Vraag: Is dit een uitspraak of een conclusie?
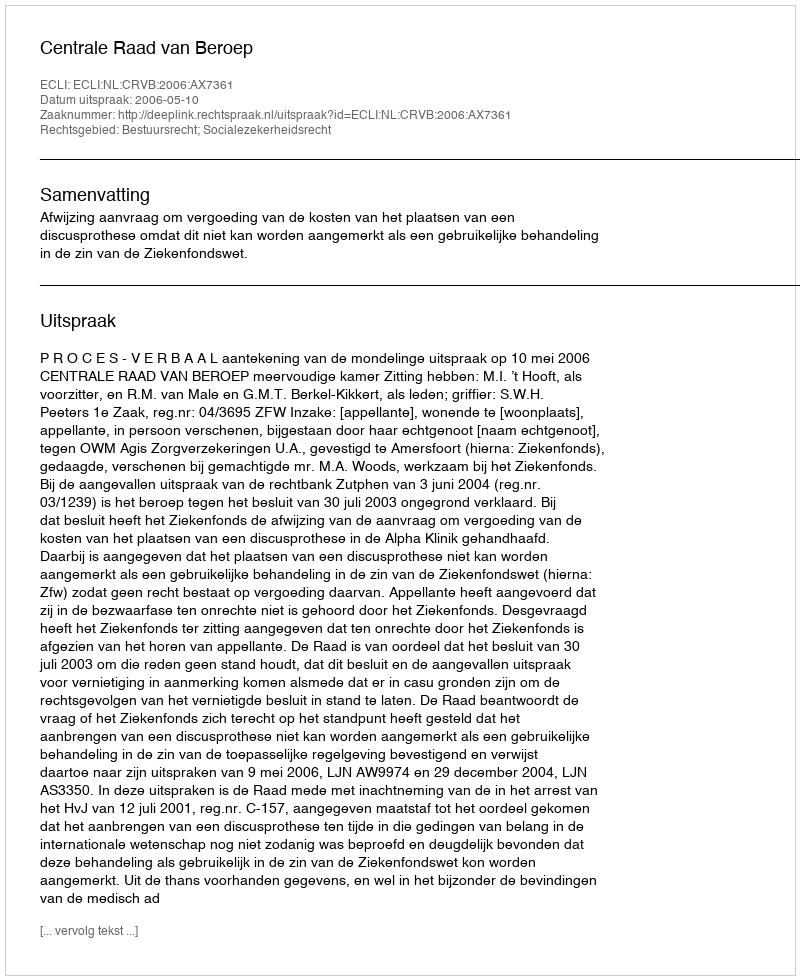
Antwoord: Uitspraak